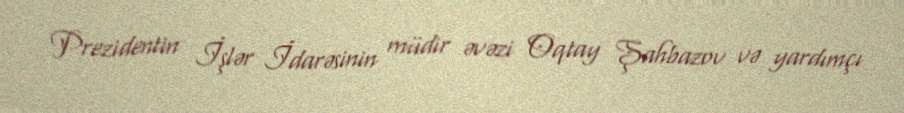
Prezidentin İşlər İdarəsinin müdir əvəzi Oqtay Şahbazov və yardımçı